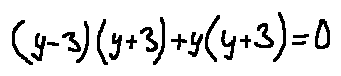
( y - 3 ) ( y + 3 ) + y ( y + 3 ) = 0